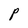
Character: P